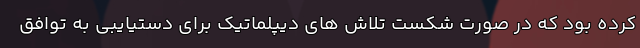
کرده بود که در صورت شکست تلاش های دیپلماتیک برای دستیایبی به توافق